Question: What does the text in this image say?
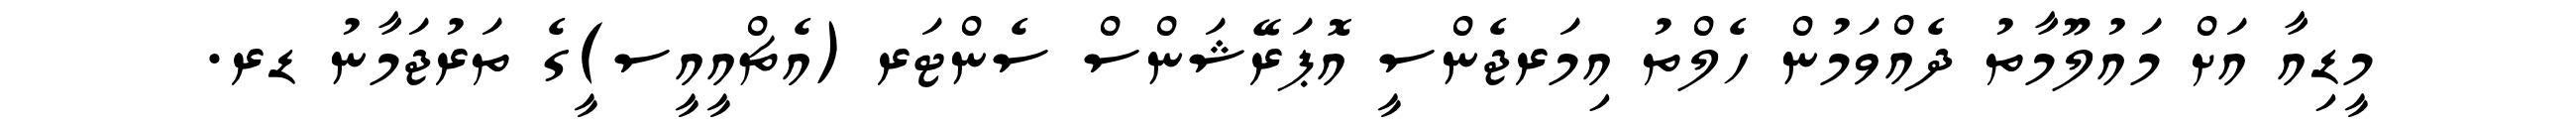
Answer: މީޑިއާ އަށް މައުލޫމާތު ދެއްވަމުން ހެލްތު އިމަރޖެންސީ އޮޕަރޭޝަންސް ސެންޓަރ (އެޗްއީއީސ)ީގެ ތަރުޖަމާނު ޑރ.